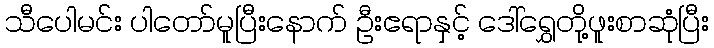
သီပေါမင်း ပါတော်မူပြီးနောက် ဦးဧရာနှင့် ဒေါ်ရွှေတို့ဖူးစာဆုံပြီး